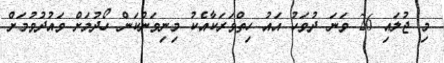
މި ޖުލައި 26 ވަނަ ދުވަހު އައު ހިތްވަރަކާއެކު މިނިވަންކަން ހޯދުމަށް ވައުދުވުމަށް